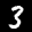
Label: 3